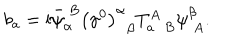
b _ { a } = \mathrm { i } \bar { \psi } _ { \alpha } ^ { \; B } \left( \gamma ^ { 0 } \right) _ { \; \; \beta } ^ { \alpha } T _ { a \; \; B } ^ { A } \psi _ { \; A } ^ { \beta } .